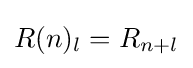
R(n)_{l}=R_{n+l}